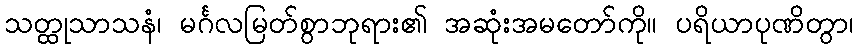
သတ္ထုသာသနံ၊ မင်္ဂလမြတ်စွာဘုရား၏ အဆုံးအမတော်ကို။ ပရိယာပုဏိတွာ၊